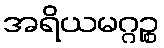
အရိယမဂ္ဂဉ္စ